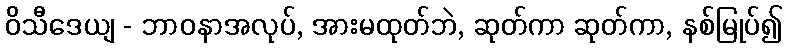
ဝိသီဒေယျ - ဘာဝနာအလုပ်, အားမထုတ်ဘဲ, ဆုတ်ကာ ဆုတ်ကာ, နစ်မြုပ်၍